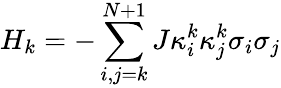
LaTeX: {{H}_{k}}=-\sum_{i,j=k}^{N+1}{J\kappa_{i}^{k}\kappa_{j}^{k}{{\sigma}_{i}}{{\sigma}_{j}}}